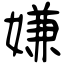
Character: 嫌